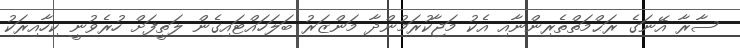
ސާރާ އޭނަގެ ރަޙްމަތްތެރިންނާއި އެކު މަޖާކުރަމުންދާ މަންޒަރު ބަލަހައްޓައިގެން ލަތީފަށް ހުރެވުނީ ކިހާއިރަކު